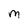
Character: M